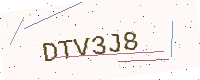
Text: DTV3J8